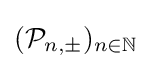
({\mathcal {P}}_{n,\pm })_{n\in \mathbb {N} }